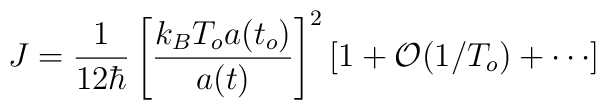
J = \frac{1}{12 \hbar}\left[ \frac{k_B T_o a(t_o)}{a(t)}\right]^2\left[1+{\cal{O}}(1/T_o) + \cdots \right]